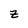
Character: Z